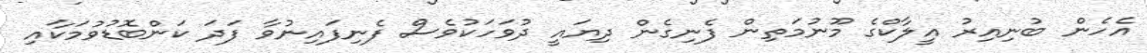
އެހެން ބުނިއިރު އީލާކްގެ މޫނުމަތިން ފެނިގެން ދިޔައީ ދުވަހަކުވެސް ފެނިފައިނުވާ ފަދަ ކަންބޮޑުވުމަކާއި